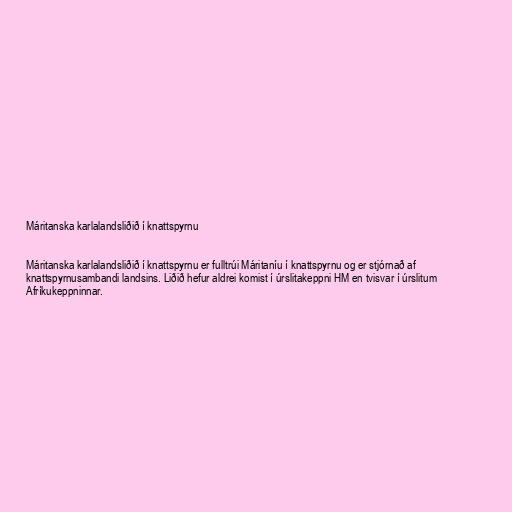
Máritanska karlalandsliðið í knattspyrnu

Máritanska karlalandsliðið í knattspyrnu er fulltrúi Máritaníu í knattspyrnu og er stjórnað af
knattspyrnusambandi landsins. Liðið hefur aldrei komist í úrslitakeppni HM en tvisvar í úrslitum
Afríkukeppninnar.